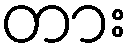
တား